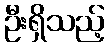
ဦးရှိသည့်